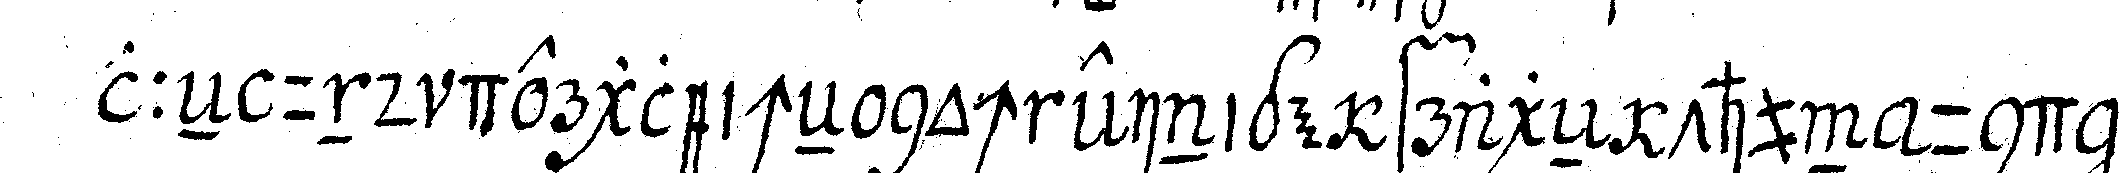
lleN und dergleicheN noch einige frageN thun und be